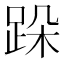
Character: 跺